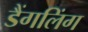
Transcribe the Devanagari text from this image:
डैंगलिंग